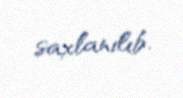
saxlanılıb.